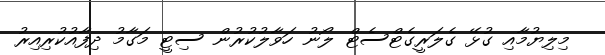
މިލިޔުމާއި ގުޅޭ ގެލަރީގެޓްސެޓް ލޯނު ހަވާލުކުރުން ސިޓީ މަގާމު ދިފާއުކުރިއިރު